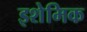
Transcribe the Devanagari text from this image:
इशेमिक